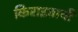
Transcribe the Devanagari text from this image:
किराइताचीं